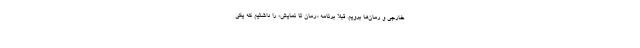
خارجی و رمان‌ها برویم. قبلا برنامه «رمان تا نمایش» را داشتیم که یکی